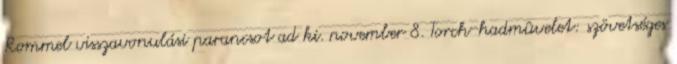
Rommel visszavonulási parancsot ad ki. november 8. Torch-hadmûvelet: szövetséges